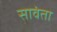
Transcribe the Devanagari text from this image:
सावंता